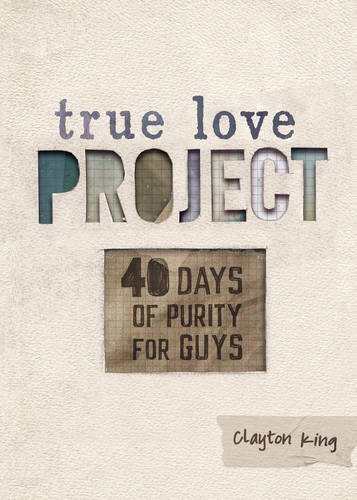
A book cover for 40 Days of Purity for Guys (True Love Project); Clayton King; Teen & Young Adult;